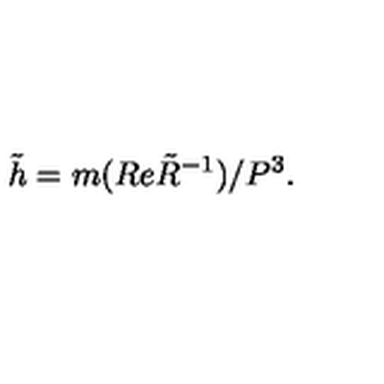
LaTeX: \tilde { h } = m ( R e { \tilde { R } } ^ { - 1 } ) / P ^ { 3 } .